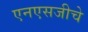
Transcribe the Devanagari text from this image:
एनएसजीचे